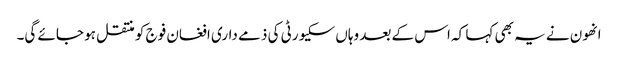
انھون نے یہ بھی کہا کہ اس کے بعد وہاں سکیورٹی کی ذمے داری افغان فوج کو منتقل ہو جائے گی۔